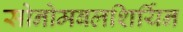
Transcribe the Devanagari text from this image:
सोनोमबलशिर्यिन